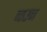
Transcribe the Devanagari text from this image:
नाउन